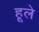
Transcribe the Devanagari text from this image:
हूले